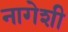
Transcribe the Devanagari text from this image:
नागेशी